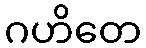
ဂဟိတေ